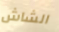
الشاش